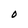
Character: O